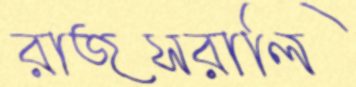
রাজসরালি